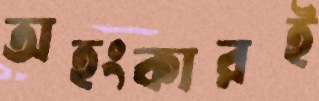
অহংকারই